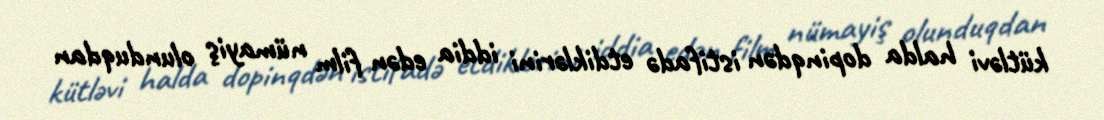
kütləvi halda dopinqdən istifadə etdiklərini iddia edən film nümayiş olunduqdan